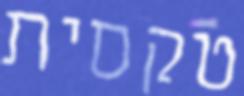
טקסית